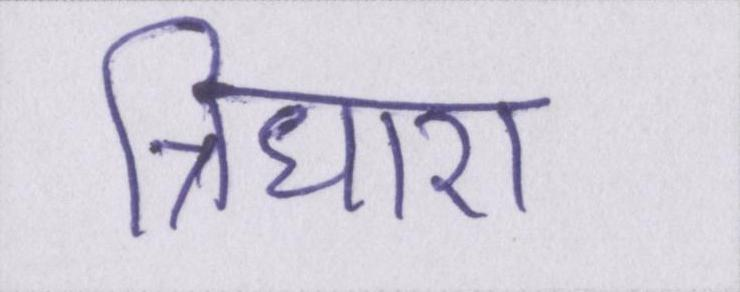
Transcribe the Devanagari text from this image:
त्रिधारा